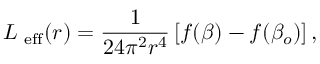
L _ { \mathrm { \scriptsize ~ e f f } } ( r ) = \frac { 1 } { 2 4 \pi ^ { 2 } r ^ { 4 } } \left[ f ( \beta ) - f ( \beta _ { o } ) \right] ,